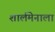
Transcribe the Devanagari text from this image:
शार्लमेनाला